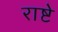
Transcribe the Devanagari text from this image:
राष्टे